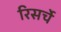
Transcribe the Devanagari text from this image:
रिसर्चे